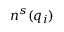
n ^ { s } ( q _ { i } )